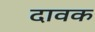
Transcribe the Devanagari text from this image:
दावक